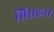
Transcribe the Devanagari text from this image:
सिराहना